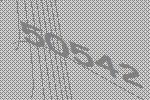
50542